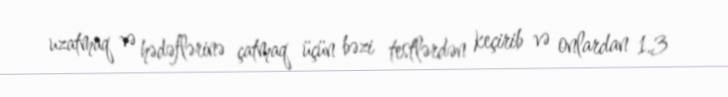
uzatmaq və hədəflərinə çatmaq üçün bəzi testlərdən keçirib və onlardan 1.3